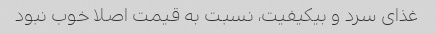
غذای سرد و بیکیفیت، نسبت به قیمت اصلا خوب نبود